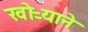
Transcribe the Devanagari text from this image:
खोऱ्याने